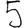
Digit: 5